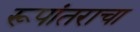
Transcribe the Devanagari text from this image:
रूपांतराचा